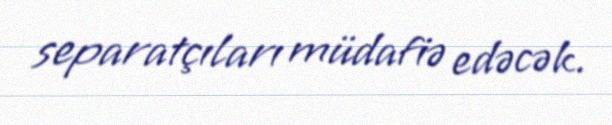
separatçıları müdafiə edəcək.